Vaccination United Provinces of Agra and Oudh 1923-1928 - 1923-1928
Year: 1923
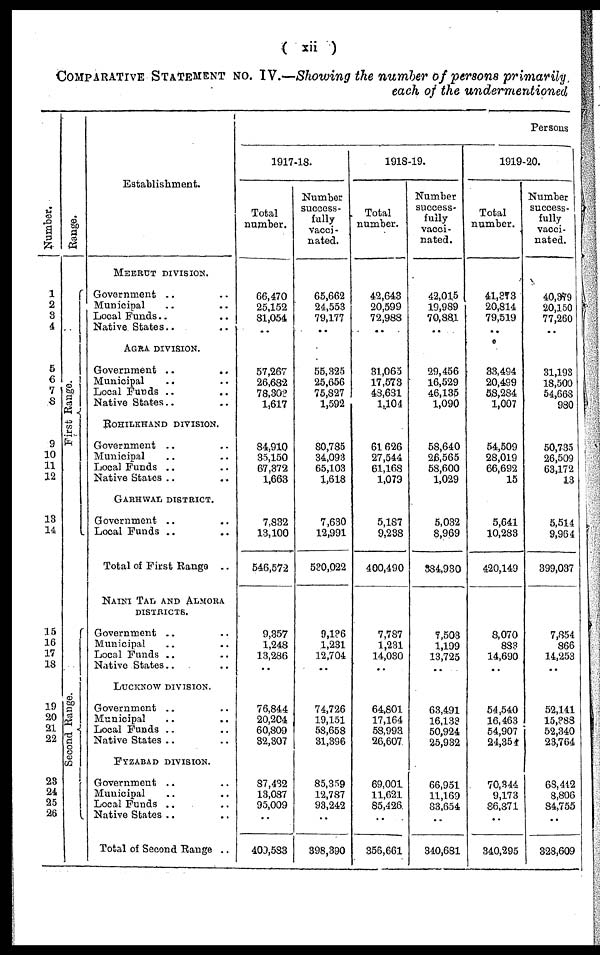
( xii)
COMPARATIVE STATEMENT No. IV.—Showing the number of persons primarily
each of the undermentioned
Number.
1
2
3
4
5
6
7
8
9
10
11
12
13
14
15
16
17
18
19
20
21
22
23
24
25
26
Range.
First Range.
Second Range.
Establishment.
MEERUT DIVISION.
Government .. ..
Municipal .. ..
Local Funds .. ..
Native States.. ..
AGRA DIVISION.
Government .. ..
Municipal .. ..
Local Funds .. ..
Native States.. ..
ROHILKHAND DIVISION.
Government .. ..
Municipal .. ..
Local Funds .. ..
Native States .. ..
GARHWAL DISTRICT.
Government .. ..
Local Funds .. ..
Total of First Range ..
NAINI TAL AND ALMORA
DISTRICTS.
Government .. ..
Municipal .. ..
Local Funds .. ..
Native States.. ..
LUCKNOW DIVISION.
Government .. ..
Municipal .. ..
Local Funds .. ..
Native States .. ..
FYZABAD DIVISION.
Government .. ..
Municipal .. ..
Local Funds .. ..
Native States .. ..
Total of Second Range ..
Persons
1917-18.
Total
number.
66,470
25,152
81,054
..
57,267
26,682
78,303
1,617
84,910
35,150
67,372
1,663
7,832
13,100
546,572
9,357
1,248
13,286
..
76,844
20,204
60,809
32,307
87,432
13,087
95,009
..
409,583
Number
success-
fully
Vacci-
nated.
65,662
24,553
79,177
..
55,325
25,656
75,827
1,592
80,785
34,093
65,103
1,618
7,630
12,991
530,022
9,136
1,231
12,704
..
74,726
19,151
58,658
31,396
85,359
12,787
93,242
..
398,390
1918-19.
Total
number.
42,643
20,599
72,988
..
31,065
17,573
48,681
1,104
61,626
27,544
61,168
1,079
5,187
9,238
400,490
7,787
1,231
14,030
..
64,801
17,164
58,993
26,607
69,001
11,621
85,426
..
356,661
Number
success-
fully
vacci-
nated.
42,015
19,989
70,881
..
29,456
16,529
46,135
1,090
58,640
26,565
58,600
1,029
5,032
8,969
384,930
7,503
1,199
13,725
..
63,491
16,133
50,924
25,932
66,951
11,169
83,654
..
340,681
1919-20.
Total
number.
41,373
20,814
79,519
..
33,494
20,499
58,284
1,007
54,509
28,019
66,692
15
5,641
10,283
420,149
8,070
883
14,690
..
54,540
16,463
54,907
24,354
70,344
9,173
86,871
..
340,295
Number
success-
fully
vacci-
nated.
40,379
20,150
77,260
..
31,193
18,500
54,668
980
50,735
26,509
63,172
13
5,514
9,964
399,037
7,854
866
14,253
..
52,141
15,388
52,340
23,764
68,442
8,806
84,755
..
328,609